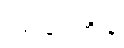
ပြည်နယ်ကိုးခု